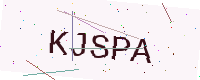
Text: KJSPA